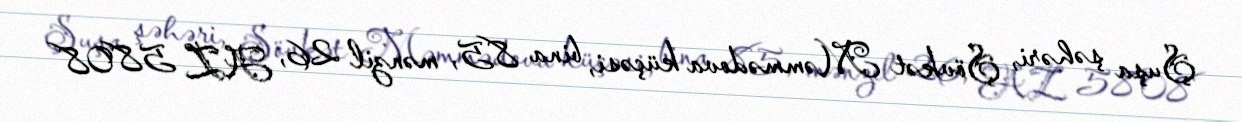
Şuşa şəhəri, Şövkət Məmmədova küçəsi, bina 85, mənzil 26, AZ 5808